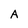
Character: A